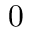
0